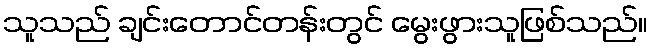
သူသည် ချင်းတောင်တန်းတွင် မွေးဖွားသူဖြစ်သည်။